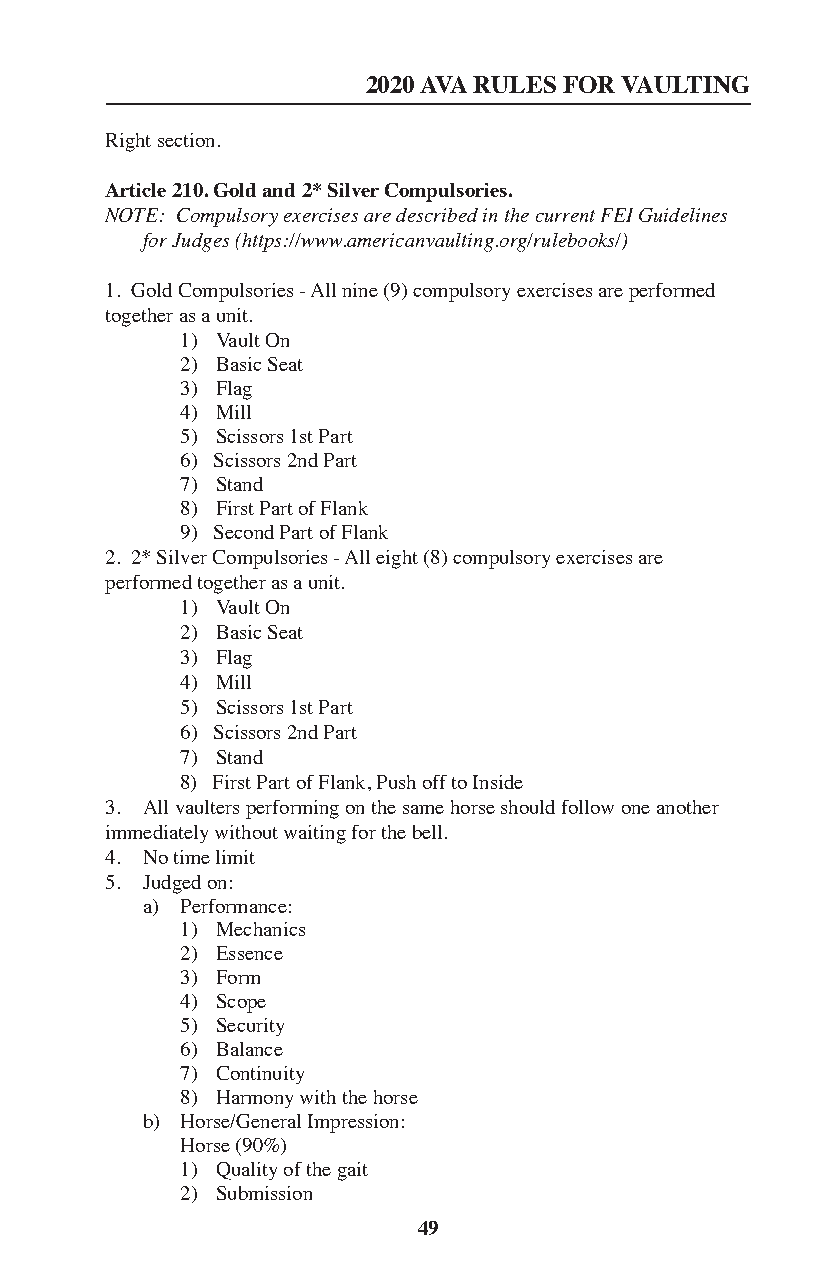
2020 AVA RULES FOR VAULTING
 Right section.
 Article 210. Gold and 2* Silver Compulsories.
 NOTE: Compulsory exercises are described in the current FEI Guidelines
 for Judges (https://www.americanvaulting.org/rulebooks/)
 1. Gold Compulsories - All nine (9) compulsory exercises are performed
 together as a unit.
 1) Vault On
 2) Basic Seat
 3) Flag
 4) Mill
 5) Scissors 1st Part
 6) Scissors 2nd Part
 7) Stand
 8) First Part of Flank
 9) Second Part of Flank
 2. 2* Silver Compulsories - All eight (8) compulsory exercises are
 performed together as a unit.
 1) Vault On
 2) Basic Seat
 3) Flag
 4) Mill
 5) Scissors 1st Part
 6) Scissors 2nd Part
 7) Stand
 8) First Part of Flank, Push off to Inside
 3. All vaulters performing on the same horse should follow one another
 immediately without waiting for the bell.
 4. No time limit
 5. Judged on:
 a) Performance:
 1) Mechanics
 2) Essence
 3) Form
 4) Scope
 5) Security
 6) Balance
 7) Continuity
 8) Harmony with the horse
 b) Horse/General Impression:
 Horse (90%)
 1) Quality of the gait
 2) Submission
 49